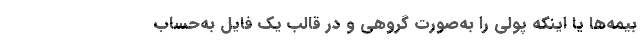
بیمه‌ها یا اینکه پولی را به‌صورت گروهی و در قالب یک فایل به‌حساب